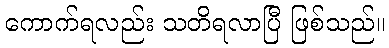
ကောက်ရလည်း သတိရလာပြီ ဖြစ်သည်။